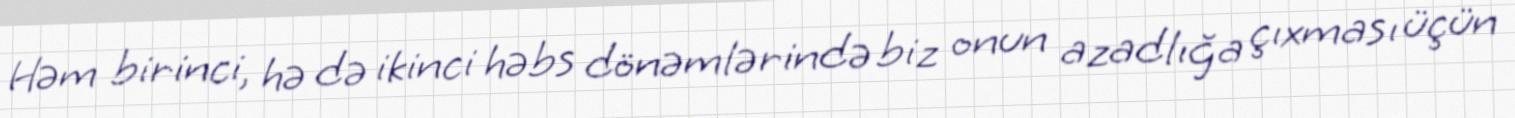
Həm birinci, hə də ikinci həbs dönəmlərində biz onun azadlığa çıxması üçün